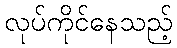
လုပ်ကိုင်နေသည့်